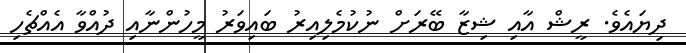
ދިޔައެވެ. ރީޝް އާއި ޝިޒާ ބޭރަށް ނުކުމެލިއިރު ބައިވަރު މީހުންނާއި ދުއްވާ އެއްޗެހި